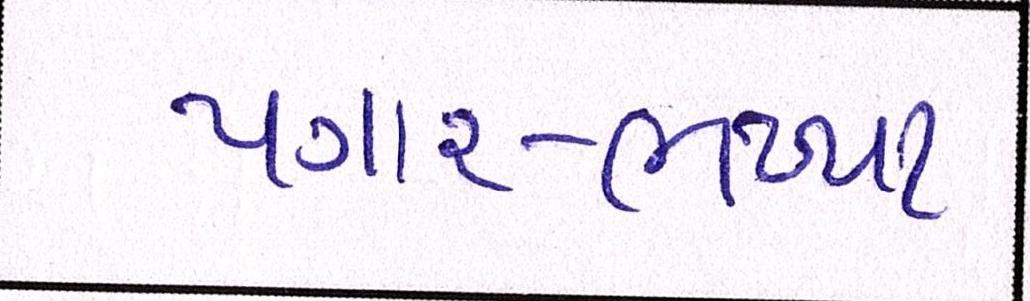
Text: પગાર-ભથ્થા